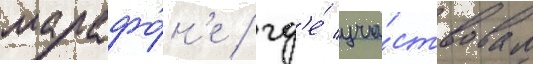
марафо́н'е / гд'е́ уча́ствовал